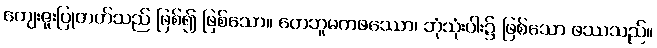
ကျေးဇူးပြုတတ်သည် ဖြစ်၍ ဖြစ်သော။ တေဘူမကဖဿော၊ ဘုံသုံးပါး၌ ဖြစ်သော ဖဿသည်။